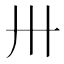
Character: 卅